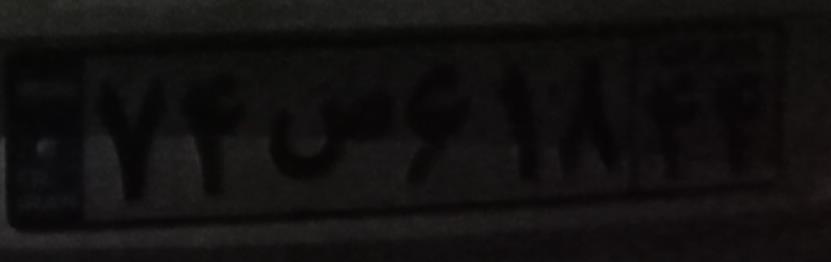
۷۴ص۶۱۸۴۴